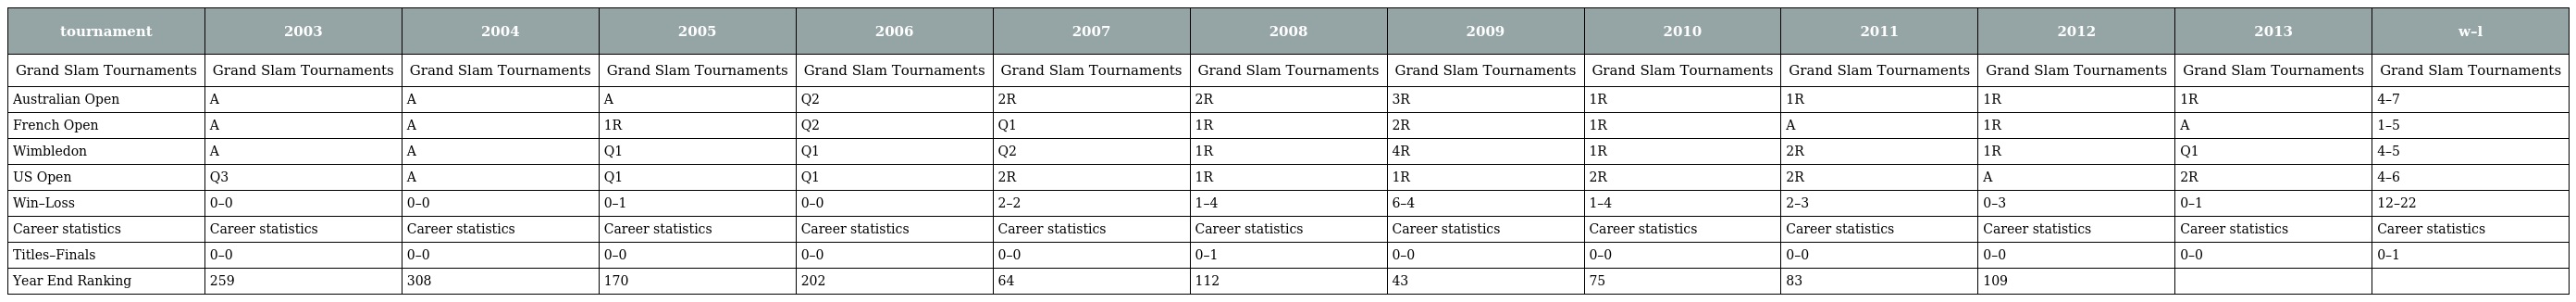
| tournament | 2003 | 2004 | 2005 | 2006 | 2007 | 2008 | 2009 | 2010 | 2011 | 2012 | 2013 | w–l |
 | --- | --- | --- | --- | --- | --- | --- | --- | --- | --- | --- | --- | --- |
 | Grand Slam Tournaments | Grand Slam Tournaments | Grand Slam Tournaments | Grand Slam Tournaments | Grand Slam Tournaments | Grand Slam Tournaments | Grand Slam Tournaments | Grand Slam Tournaments | Grand Slam Tournaments | Grand Slam Tournaments | Grand Slam Tournaments | Grand Slam Tournaments | Grand Slam Tournaments |
 | Australian Open | A | A | A | Q2 | 2R | 2R | 3R | 1R | 1R | 1R | 1R | 4–7 |
 | French Open | A | A | 1R | Q2 | Q1 | 1R | 2R | 1R | A | 1R | A | 1–5 |
 | Wimbledon | A | A | Q1 | Q1 | Q2 | 1R | 4R | 1R | 2R | 1R | Q1 | 4–5 |
 | US Open | Q3 | A | Q1 | Q1 | 2R | 1R | 1R | 2R | 2R | A | 2R | 4–6 |
 | Win–Loss | 0–0 | 0–0 | 0–1 | 0–0 | 2–2 | 1–4 | 6–4 | 1–4 | 2–3 | 0–3 | 0–1 | 12–22 |
 | Career statistics | Career statistics | Career statistics | Career statistics | Career statistics | Career statistics | Career statistics | Career statistics | Career statistics | Career statistics | Career statistics | Career statistics | Career statistics |
 | Titles–Finals | 0–0 | 0–0 | 0–0 | 0–0 | 0–0 | 0–1 | 0–0 | 0–0 | 0–0 | 0–0 | 0–0 | 0–1 |
 | Year End Ranking | 259 | 308 | 170 | 202 | 64 | 112 | 43 | 75 | 83 | 109 |  |  |